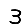
Digit: 3